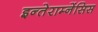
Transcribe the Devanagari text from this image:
इन्तेराम्नेंसिस